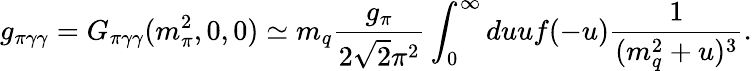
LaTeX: g_{\pi\gamma\gamma}=G_{\pi\gamma\gamma}(m_{\pi}^{2},0,0)\simeq m_{q}{\frac{g_{\pi}}{2\sqrt{2}\pi^{2}}}\int_{0}^{\infty}duuf(-u){\frac{1}{(m_{q}^{2}+u)^{3}}}.